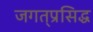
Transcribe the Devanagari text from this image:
जगत्‌प्रसिद्ध